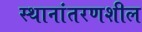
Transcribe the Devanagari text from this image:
स्थानांतरणशील